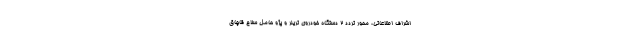
اشراف اطلاعاتی، محور تردد ۲ دستگاه خودروی تریلر و پژو حامل سلاح قاچاق